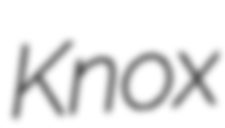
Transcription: Knox